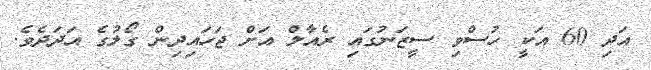
އަދި 60 އަކީ ހުސްވި ސީޒަނުގައި ރެއާލް އަށް ޖަހައިދިން ގޯލުގެ އަދަދެވެ.